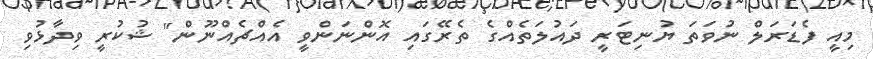
މިއީ ފެޑަރަލް ނުވަތަ ޔުނިޓަރީ ދައުލަތެއްގެ ތެރޭގައި އޮންނަންވީ އެއްޗެއްނޫން" ޝުކުރީ ވިދާޅުވި